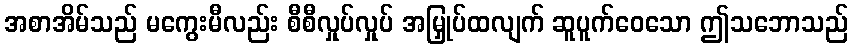
အစာအိမ်သည် မကွေးမီလည်း စီစီလှုပ်လှုပ် အမြှုပ်ထလျက် ဆူပူက်ဝေသော ဤသဘောသည်